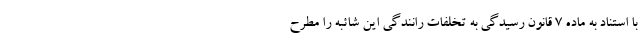
با استناد به ماده ۷ قانون رسیدگی به تخلفات رانندگی این شائبه را مطرح